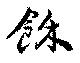
余